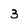
Character: 3